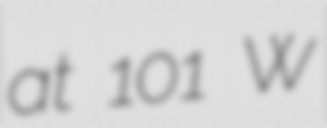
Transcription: at 101 W